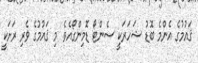
ޤައުމުގެ އެންމެ ބޮޑު ޝަހަރަކީ ސެންޓޯ ޑޮމިންގޯއެވެ. މި ޤައުމުގެ ވެރި ރަށަކީ